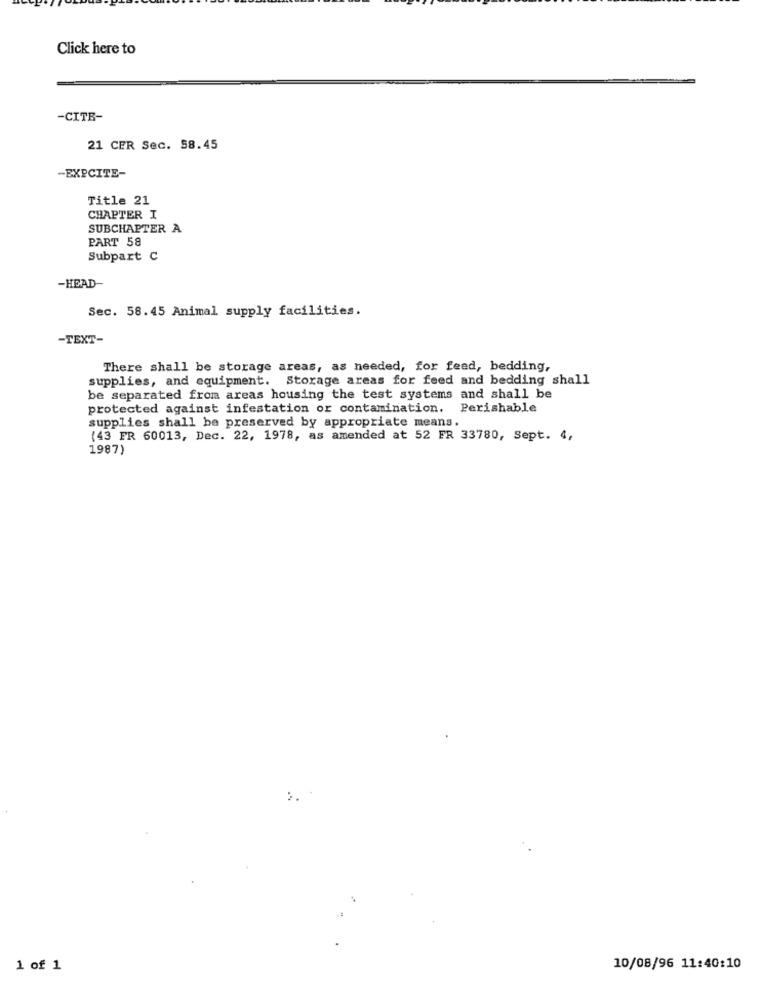
Click here to
-CITR-
21 CER Sec. 58.45
-EXPCITE-
Title 21
CHAPTER I
SUBCHAPTER A
PART 58
Subpart C
-HEAD-
Sec. 58.45 Animal supply facilities.
-TEXT-
There shall be storage areas, as needed, for feed, bedding,
supplies, and equipment. Storage areas for feed and bedding shall
be separated from areas housing the test systems and shall be
protected against infestation or contamination. Perishable
supplies shall be preserved by appropriate means.
(43 FR 60013, Dec. 22, 1978, as amended at 52 FR 33780, Sept. 4,
1987)
1 of 1
10/08/96 11:40:10